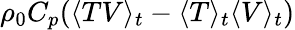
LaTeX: \rho_{0}C_{p}(\langle TV\rangle_{t}-\langle T\rangle_{t}\langle V\rangle_{t})